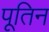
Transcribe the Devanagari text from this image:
पूतिन